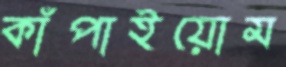
কাঁপাইয়োম